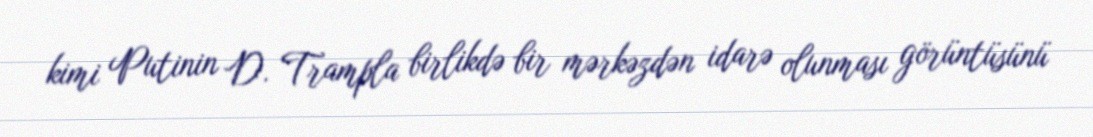
kimi Putinin D. Trampla birlikdə bir mərkəzdən idarə olunması görüntüsünü